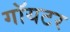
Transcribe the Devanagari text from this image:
गॉयटर